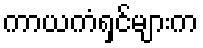
ကာယကံရှင်များက